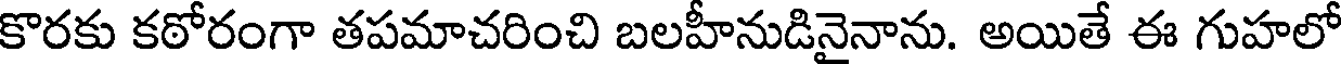
కొరకు కఠోరంగా తపమాచరించి బలహీనుడినైనాను. అయితే ఈ గుహలో